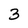
Character: 3